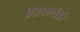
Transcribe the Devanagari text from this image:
निश्कलंकी